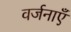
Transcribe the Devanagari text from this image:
वर्जनाएँ